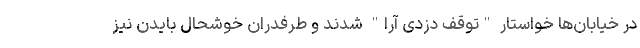
در خیابان‌ها خواستار "توقف دزدی آرا" شدند و طرفدران خوشحال بایدن نیز